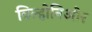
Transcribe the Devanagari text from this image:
विल्होनिओर